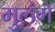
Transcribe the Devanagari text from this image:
मुलंगे